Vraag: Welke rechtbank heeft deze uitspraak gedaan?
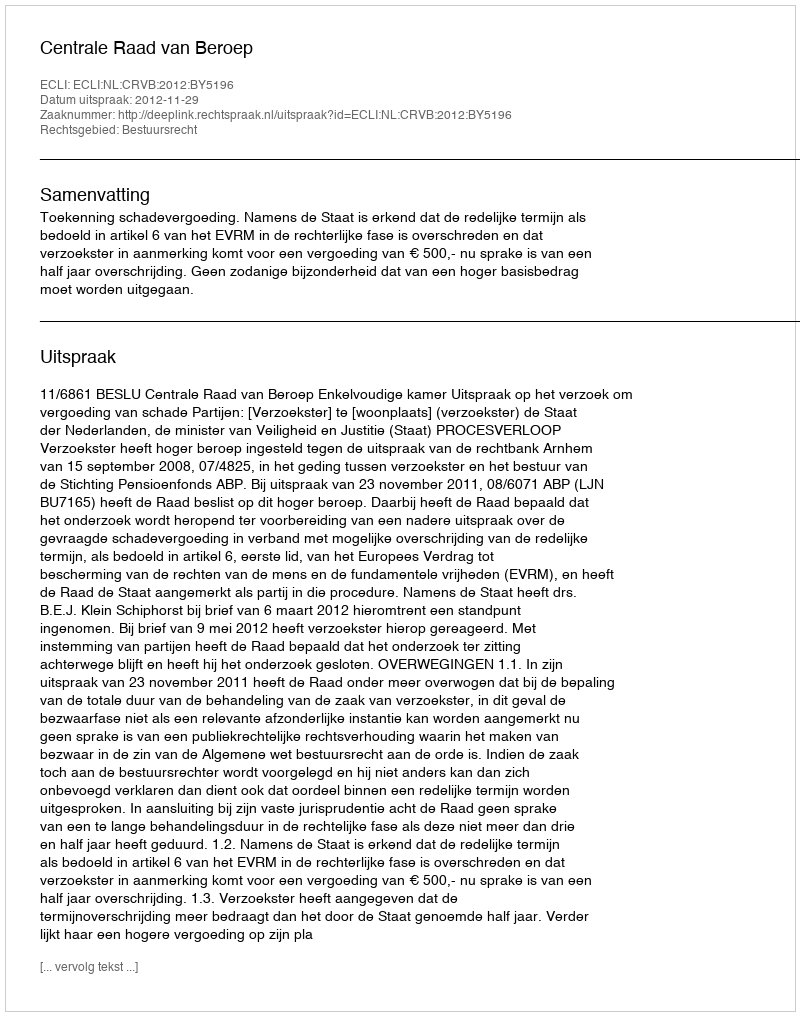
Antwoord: Centrale Raad van Beroep